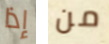
إذا من